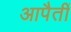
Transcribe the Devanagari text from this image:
आपैतीं